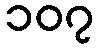
၁၀၇